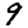
Digit: 9